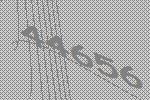
44656